Vaccination in Burma 1920-1933 - 1920-1933
Year: 1920
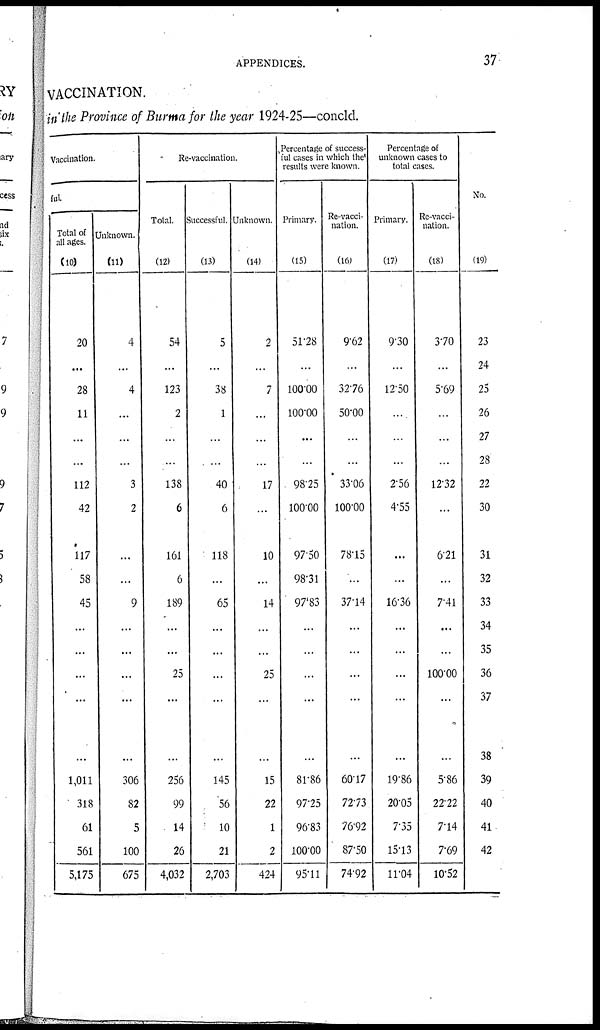
APPENDICES.
37
VACCINATION.
in the Province of Burma for the year 1924-25—concld.
Vaccination.
ful.
Total of
all ages.
(10)
20
...
28
11
...
...
112
42
117
58
45
...
...
...
...
...
1,011
318
61
561
5,175
Unknown.
(11)
4
...
4
...
...
...
3
2
...
...
9
...
...
...
...
...
306
82
5
100
675
Re-vaccination.
Total.
(12)
54
...
123
2
...
...
138
6
161
6
189
...
...
25
...
...
256
99
14
26
4,032
Successful.
(13)
5
...
38
1
...
...
40
6
118
...
65
...
...
...
...
...
145
56
10
21
2,703
Unknown.
(14)
2
...
7
...
...
...
17
...
10
...
14
...
...
25
...
...
15
22
1
2
424
Percentage of success-
ful cases in which the
results were known.
Primary.
(15)
51.28
...
100.00
100.00
...
...
98.25
100.00
97.50
98.31
97.83
...
...
...
...
...
81.86
97.25
96.83
100.00
95.11
Re-vacci-
nation.
(16)
9.62
...
32.76
50.00
...
...
33.06
100.00
78.15
...
37.14
...
...
...
...
...
60.17
72.73
76.92
87.50
74.92
Percentage of
unknown cases to
total cases.
Primary.
(17)
9.30
...
12.50
...
...
...
2.56
4.55
...
...
16.36
...
...
...
...
...
19.86
20.05
7.35
15.13
11.04
Re-vacci-
nation.
(18)
3.70
...
5.69
...
...
...
12.32
...
6.21
...
7.41
...
...
100.00
...
...
5.86
22.22
7.14
7.69
10.52
No.
(19)
23
24
25
26
27
28
22
30
31
32
33
34
35
36
37
38
39
40
41
42